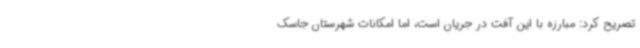
تصریح کرد: مبارزه با این آفت در جریان است، اما امکانات شهرستان جاسک